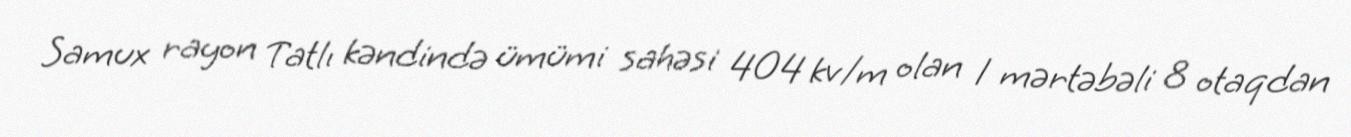
Samux rayon Tatlı kəndində ümümi sahəsi 404 kv/m olan 1 mərtəbəli 8 otaqdan